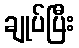
ချုပ်ပြီး